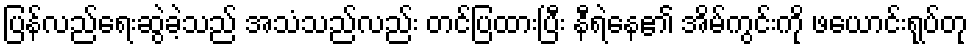
ပြန်လည်ရေးဆွဲခဲ့သည် အသံသည်လည်း တင်ပြထားပြီး နီရဲနေ၏ အိမ်ကွင်းကို ဖယောင်းရုပ်တု